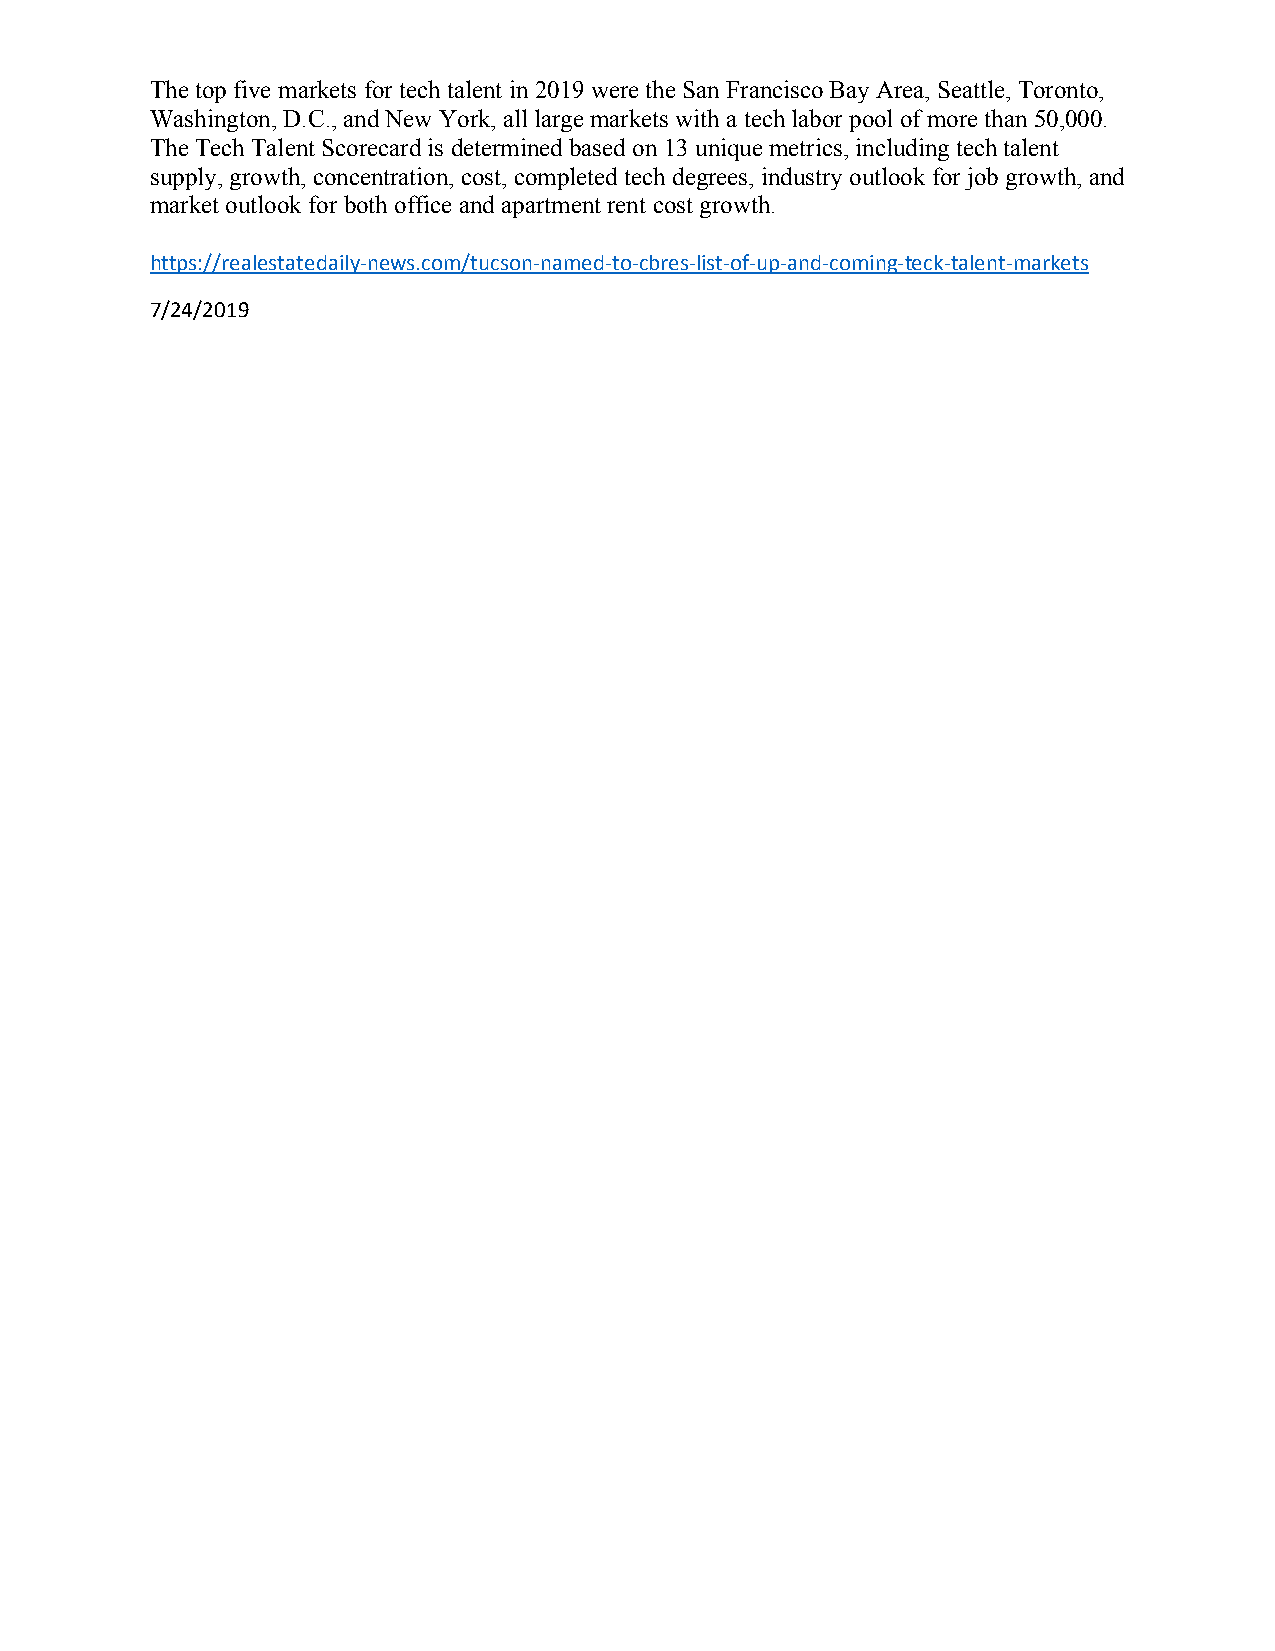
The top five markets for tech talent in 2019 were the San Francisco Bay Area, Seattle, Toronto,
 Washington, D.C., and New York, all large markets with a tech labor pool of more than 50,000.
 The Tech Talent Scorecard is determined based on 13 unique metrics, including tech talent
 supply, growth, concentration, cost, completed tech degrees, industry outlook for job growth, and
 market outlook for both office and apartment rent cost growth.
 https://realestatedaily-news.com/tucson-named-to-cbres-list-of-up-and-coming-teck-talent-markets
 7/24/2019